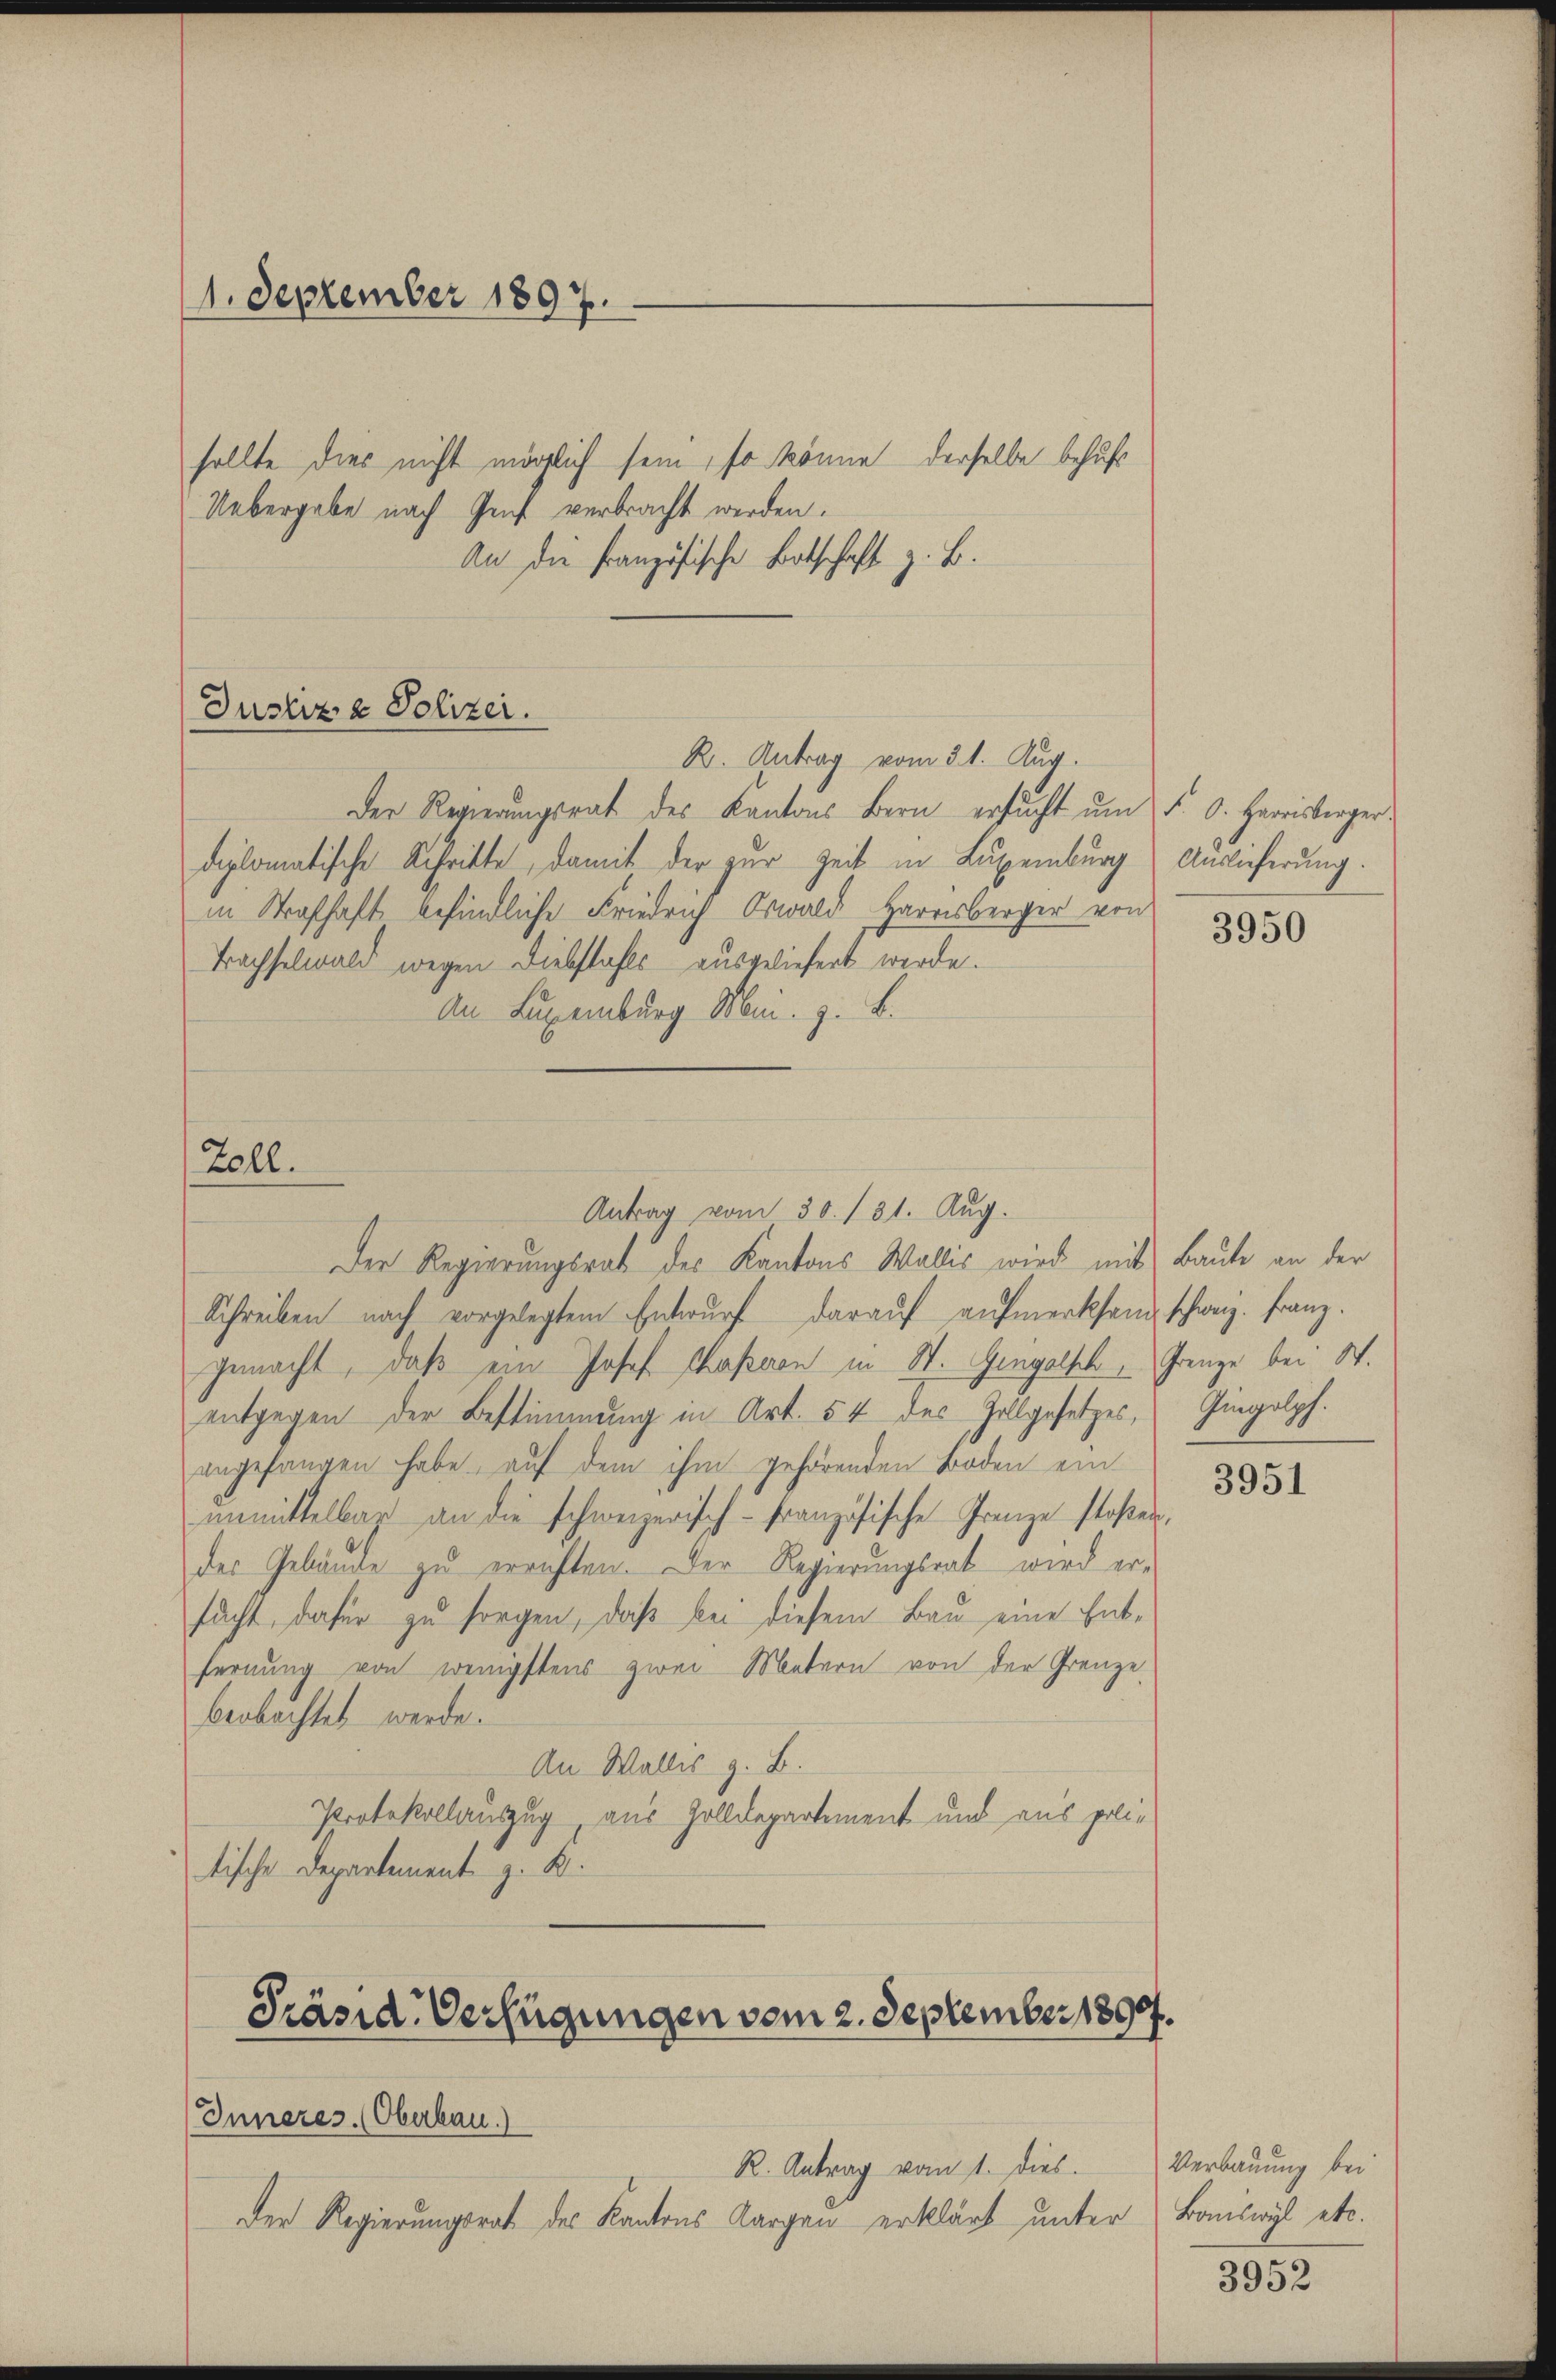
1. September 1897.

sollte dies nicht möglich sein, so könne derselbe behufs
Uebergabe nach Genf verbracht werden.
An die Französische Botschaft z. B.

Justiz & Polizei.
R. Antrag vom 31. Aug.

Zoll.

Der Regierungsrat des Kantons Bern ersucht um d. d. Harrisbergerdiplomatische Schritte, damit der zur Zeit in Luxenburg Auslieferung.
in Strafhaft befindliche Friedrich Oswald Harrisberger von
Bachselwald wegen Diebstahls ausgeliefert werde.
An Luxenburg Mai. z. B.

Antrag vom 30. 131. Aug.

Der Regierungsrat des Kantons Wallis wird mit Baute an der
Schreiben nach vorgelegtem Entwŭrf daraŭf aŭfmerksam schweiz. Franz.
gemacht, daß ein Josef Paparen in St. Gengelsch, Grenze bei St.
entgegen der Bestimmung in Art. 54 des Zollgesetzes, Impolph.
angefangen habe, auf dem ihm gehörenden Boden ein
ŭnmittelbar an die schweizerisch-Französische Grenze stoßen,
der Gebäude zu errichten. Der Regierungsrat wird er-
sucht, dafür zu sorgen, daß bei diesem Bau eine Ent-
fernung von wenigstens zwei Metern von der Grenze
beobachtet werde.
An Wallis z. B.
Protokollauszug aus Zolldepartement und aus politische Departement z. K.

Der Regierungsrat des Kantons Aargau erklärt unter

Präsid. Verfügungen vom 2. September 1890.
Inneres. (Oberbau.)
R. Antrag vom 1. dies

3950

3951

Verbauung bei
Boswyl etc.

3952